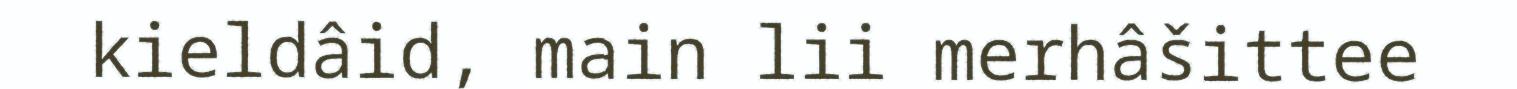
kieldâid, main lii merhâšittee